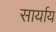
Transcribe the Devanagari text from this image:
सार्याय